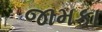
જામકા